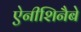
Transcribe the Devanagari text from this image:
ऐनीशिनैबे